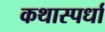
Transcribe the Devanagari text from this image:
कथास्पर्धा